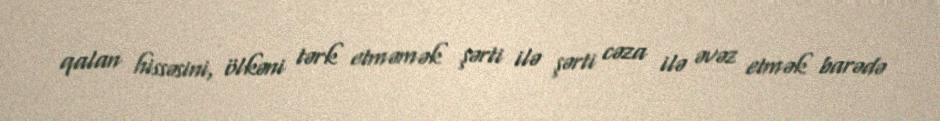
qalan hissəsini, ölkəni tərk etməmək şərti ilə şərti cəza ilə əvəz etmək barədə